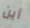
أين